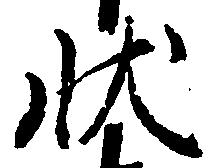
状